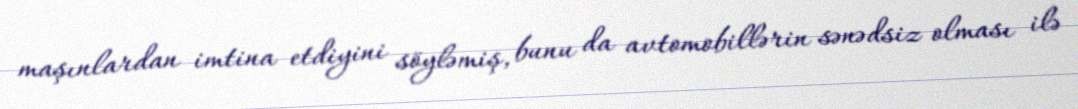
maşınlardan imtina etdiyini söyləmiş, bunu da avtomobillərin sənədsiz olması ilə